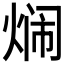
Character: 𬊢